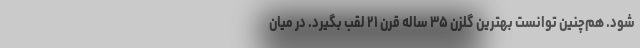
شود. هم‌چنین توانست بهترین گلزن ۳۵ ساله قرن ۲۱ لقب بگیرد. در میان